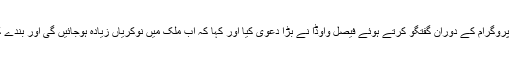
نجی ٹی وی کے پروگرام کے دوران گفتگو کرتے ہوئے فیصل واوڈا نے بڑا دعویٰ کیا اور کہا کہ اب ملک میں نوکریاں زیادہ ہوجائیں گی اور بندے کم پڑ جائیں گے۔